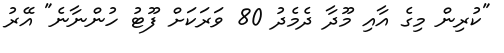
"ކުރިން މިގެ އާއި މޫދާ ދެމެދު 80 ވަރަކަށް ފޫޓު ހުންނާނެ" އޭރު